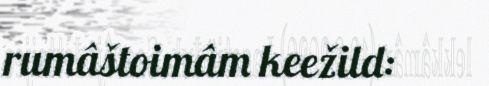
rumâštoimâm keežild: